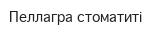
Пеллагра стоматиті